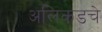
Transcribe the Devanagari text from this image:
अलिकडचे